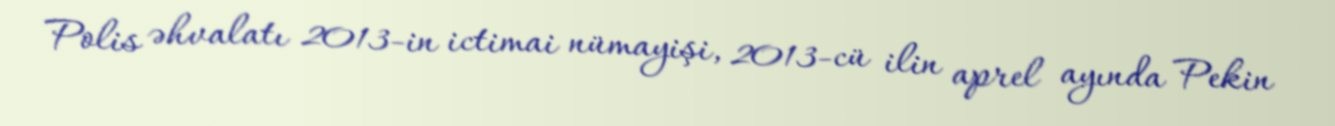
Polis əhvalatı 2013-in ictimai nümayişi, 2013-cü ilin aprel ayında Pekin